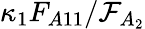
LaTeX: \kappa_{1}F_{A11}/\mathcal{F}_{A_{2}}